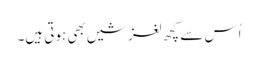
اُس سے کچھ لغزشیں بھی ہوتی ہیں۔